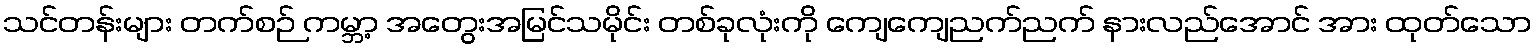
သင်တန်းများ တက်စဉ် ကမ္ဘာ့ အတွေးအမြင်သမိုင်း တစ်ခုလုံးကို ကျေကျေညက်ညက် နားလည်အောင် အား ထုတ်သော